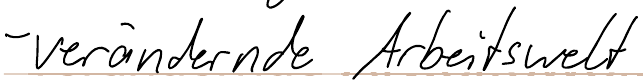
- verändernde Arbeitswelt